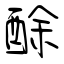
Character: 酴